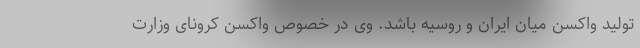
تولید واکسن میان ایران و روسیه باشد.‌ وی در خصوص واکسن کرونای وزارت